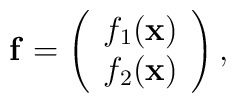
{\bf f} =\left(\begin{array}{c}f_1({\bf x})\\f_2({\bf x})\end{array}\right),